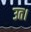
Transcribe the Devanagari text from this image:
उत।